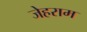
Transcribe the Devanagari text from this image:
जेहराम